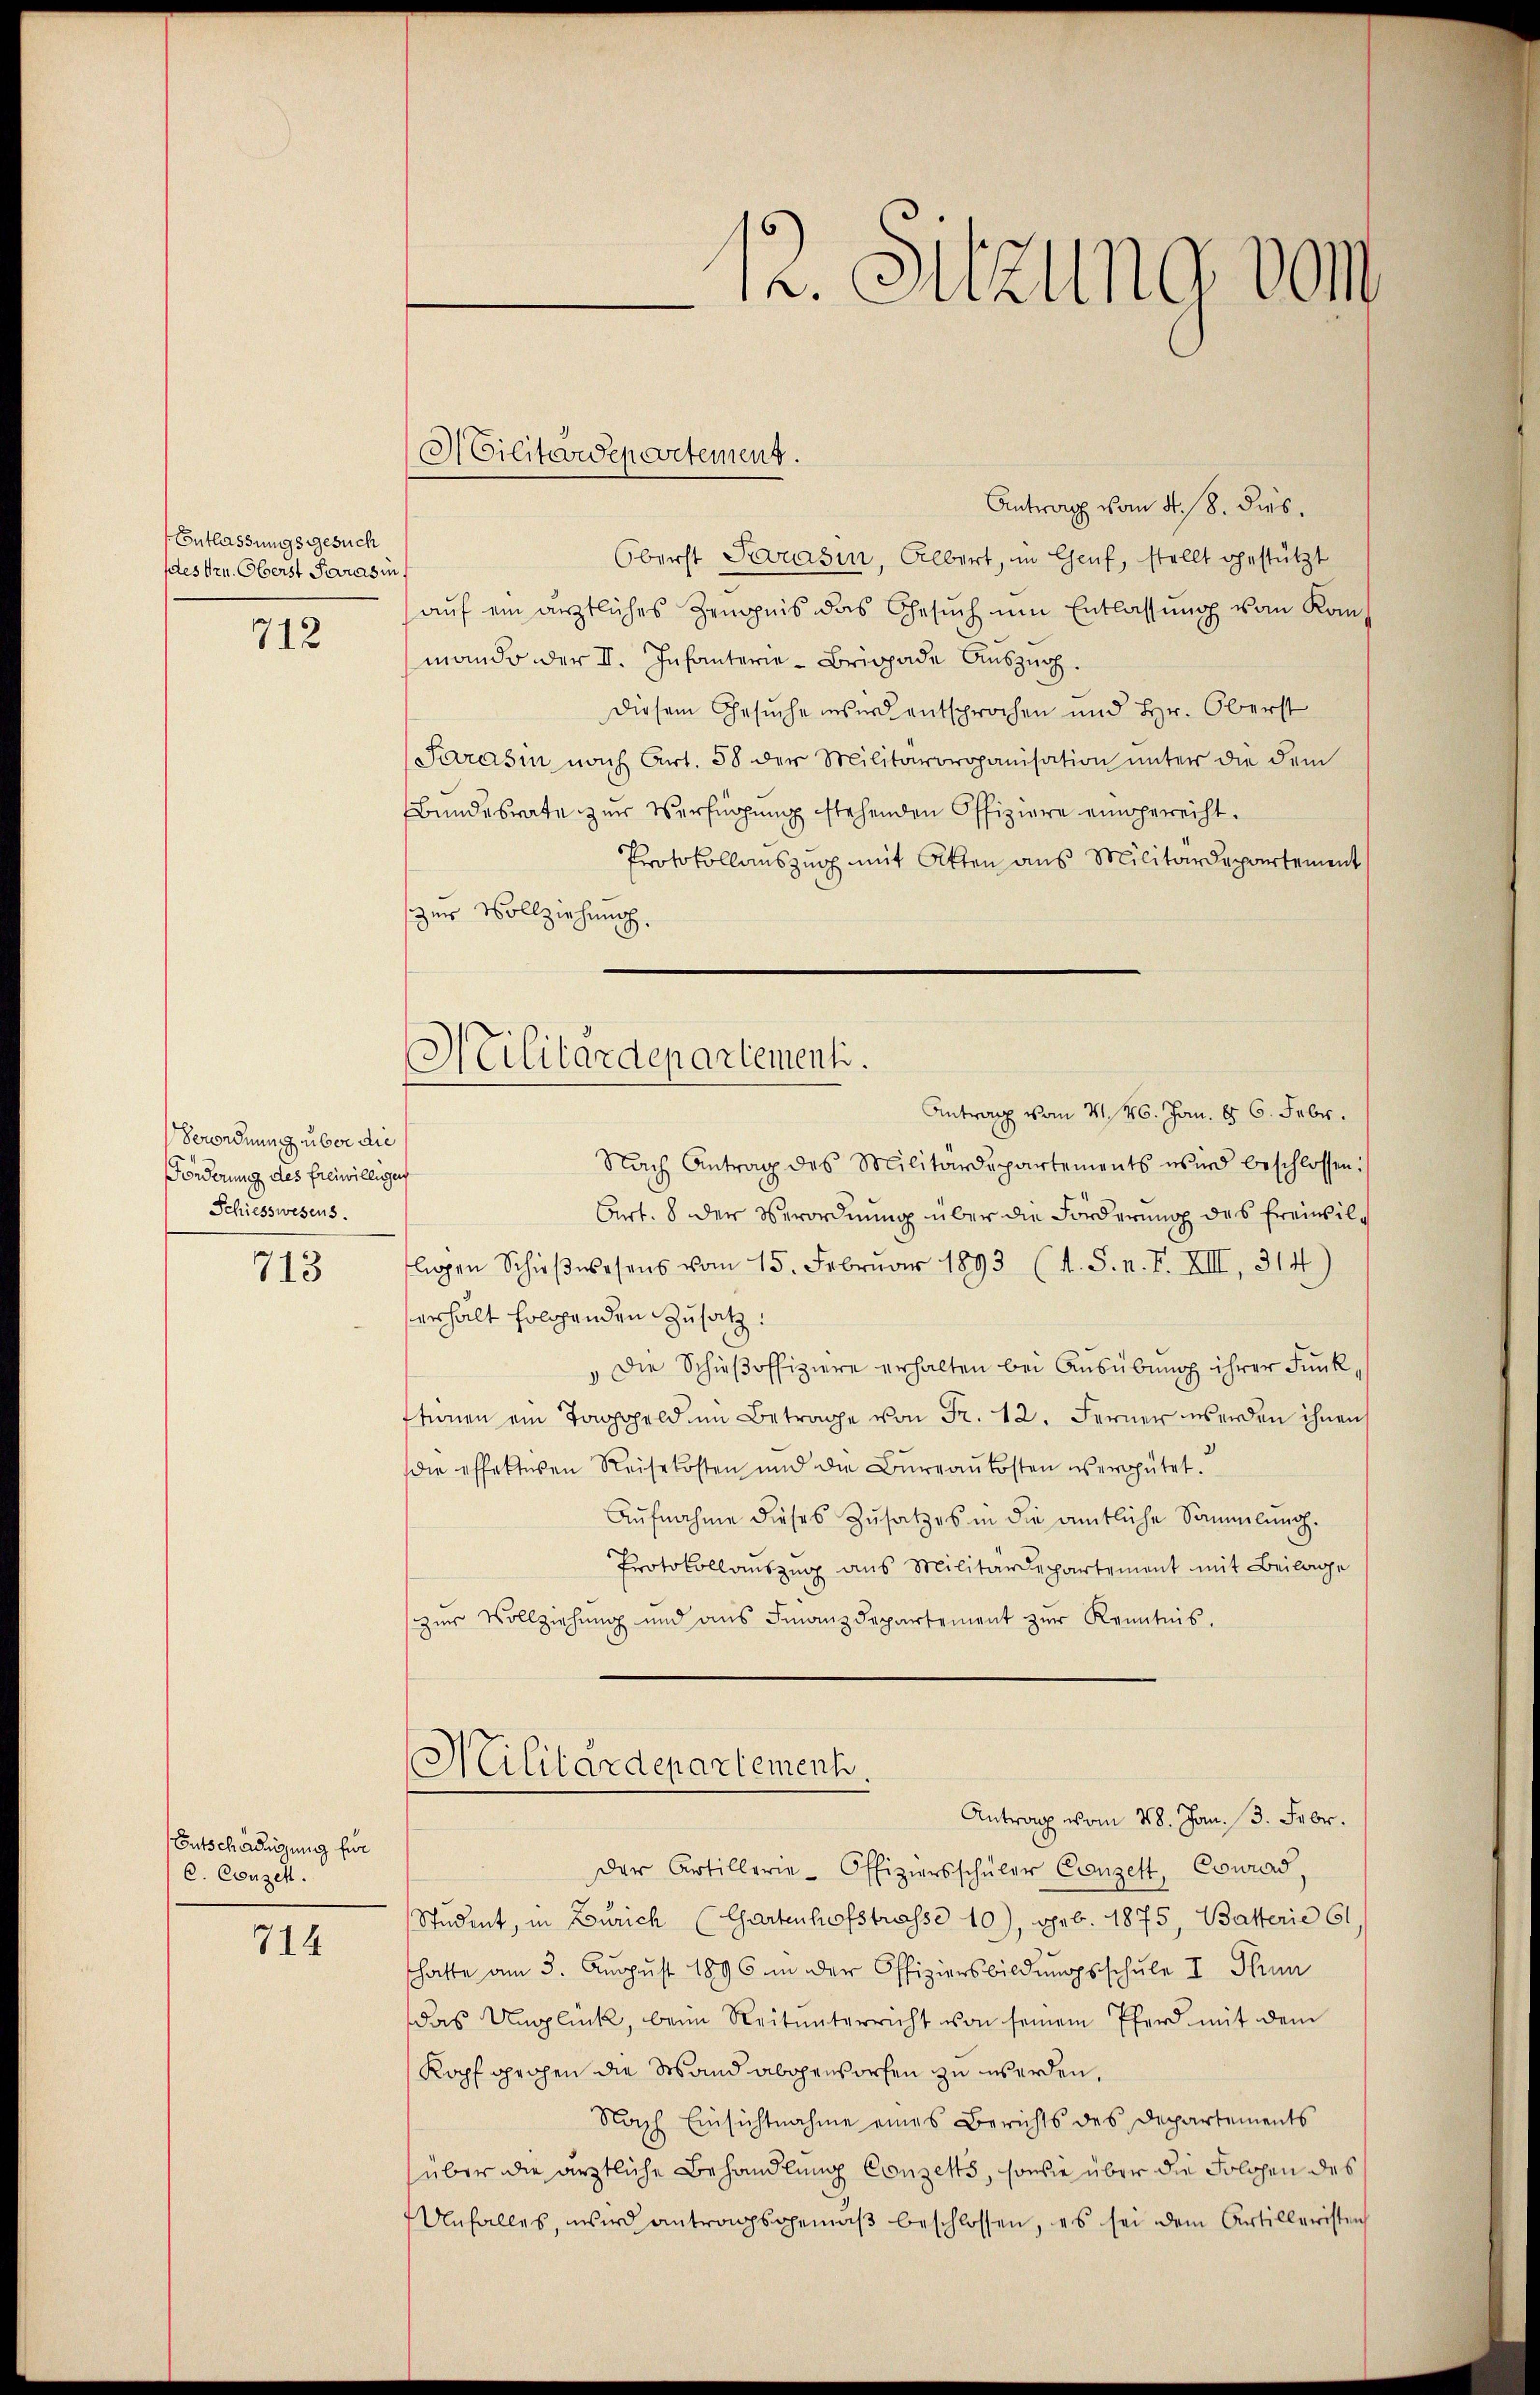
Entlassungsgesuch
stes Hrn. Oberst Saras in

712

Verordnung über die
Forderung des freiwilligen
Schiesswesens.

713

Entschädigung für
C. Conzen.

714

Militärdepartement.

Antrag vom 4. 18. dies
Oberst Parasin, Albert, in Genf, stellt gestützt
aŭf ein ärztliches Zeugnis das Gesŭch ŭm Entlassŭng vom Kom-
mando der II. Infanterie-Brigade Aŭszŭg.
Diesem Gesuche inser entsprochen und Hr. Oberst
Jarasin nach Art. 58 der Militärorganisation ŭnter die dem
Bundesrate zur Verfügung stehenden Offiziere eingerecht.
Protokollauszug mit Akten aus Militärdepartement
zur Vollziehung.
Nach Antrag des Militärdepartements wird beschlossen:
Art. 8 der Verordnung über die Forderung des Freiwilflegen Schieβwesens vom 15. Februar 1893 (s. S. n. F. XIII, 314)
verhält folgenden Zusatz:
"Die Schieβoffiziere erhalten bei Ausübung ihrer Funkstionen ein Taggeld im Betrage von Fr. 12. Ferner werden ihnen
die effektiven Reisekosten und die Büreaŭkosten vergütet.
Aŭfnahme dieses Zusatzes in die amtliche Sammlung.
Protokollauszug aus Militärdepartement mit Beilage
zŭr Vollziehŭng und ans Finanzdepartement zŭr Kenntnis.
Militärdepartement.
Antrag vom 28. Jan. 13. Febr.
der Artillerie-Offiziersschüler Canzelt, Conrad,
Student, in Zürich (Gartenhofstrasse 10), geb. 1875, Batterie 61
hatte am 3. August 1896 in der Offiziersbildŭngsschŭle I Thun
das Unglück, beim Reitunterricht von seinem Pferd mit dem
Kopf gechen die Wand abgeworfen zu werden,
Nach Einsichtnahme eines Berichts des Departements
über die ärztliche Behandlung Conzess, sowie über die Solchen des
Unfalles, wird antragsgemäβ beschlossen, es sei dem Artilleristen

12. Sitzung von

Militärdepartementi.
Antrag vom 4. 46. Jan. 86. Febr.